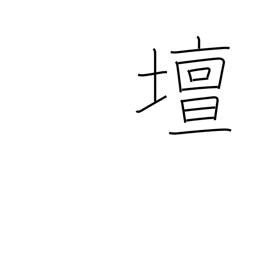
Meaning: rostrum